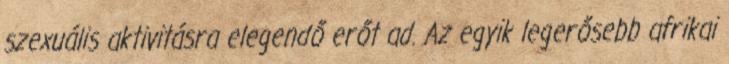
szexuális aktivitásra elegendő erőt ad. Az egyik legerősebb afrikai